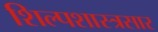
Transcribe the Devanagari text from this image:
शिल्पशास्त्रसार